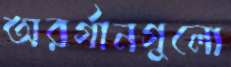
অরর্গানগুলো